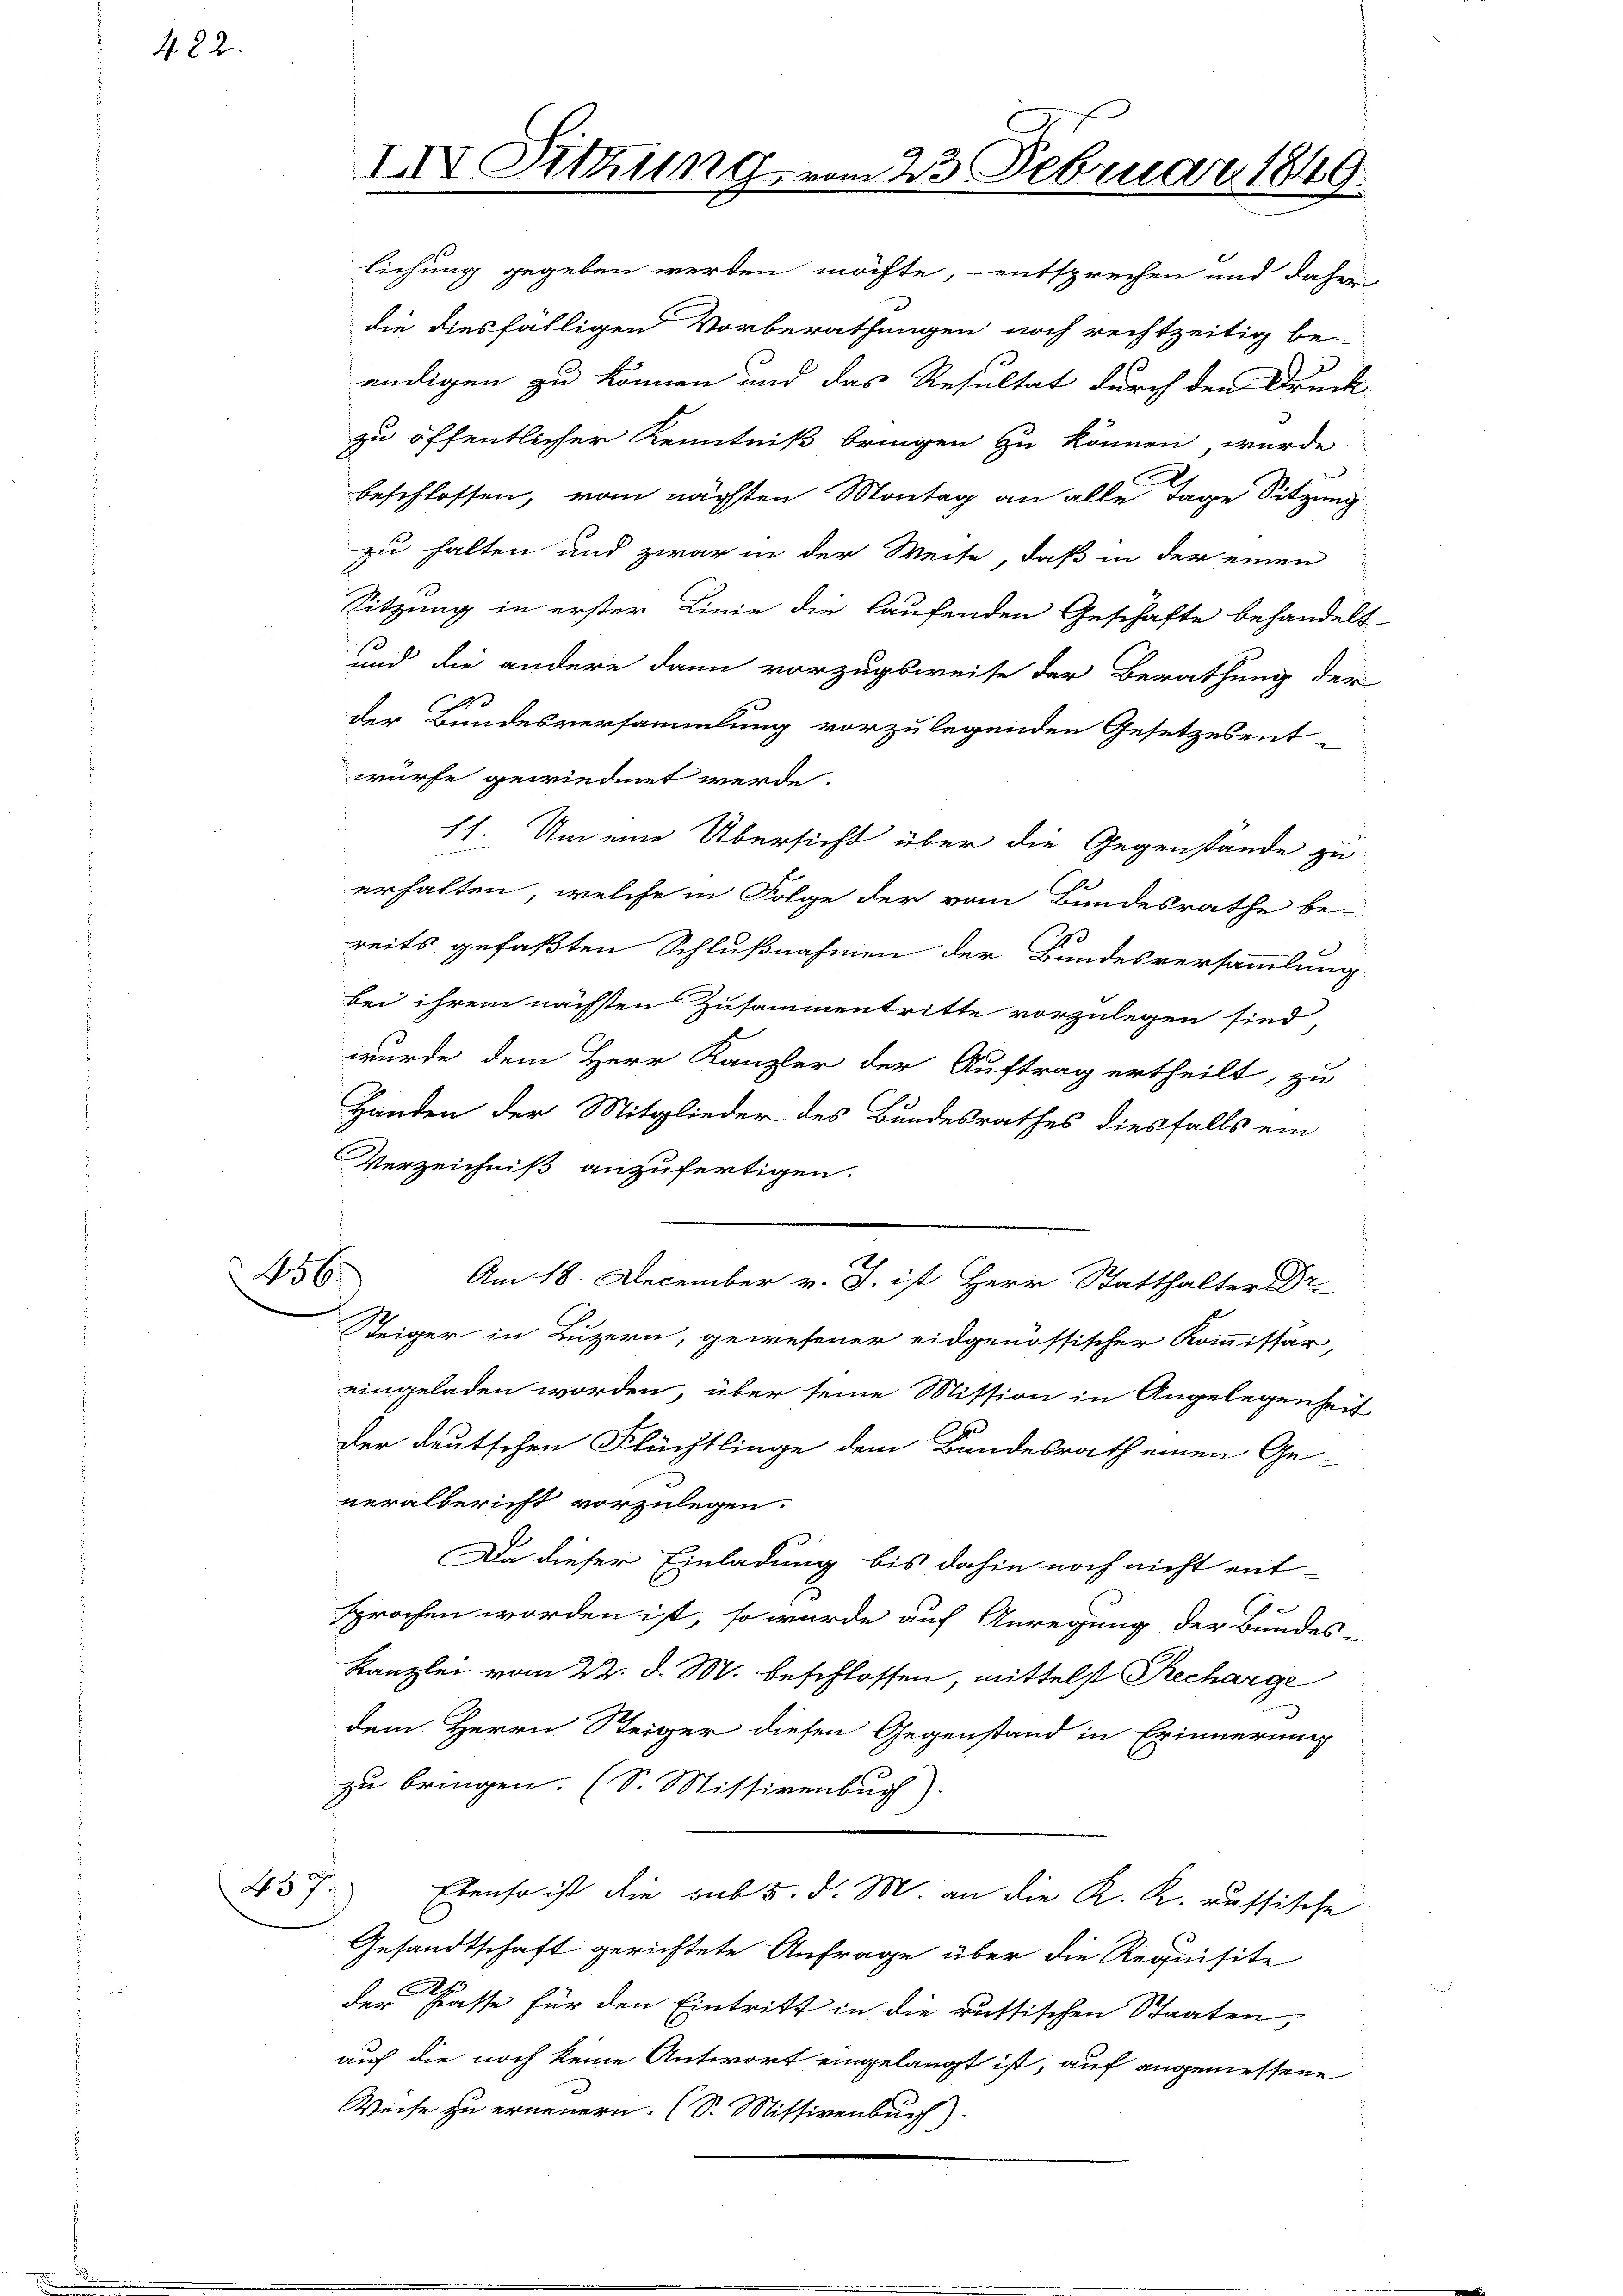
482.

zu öffentlicher Kenntniß bringen zu können, wurde
beschlossen, vom nächsten Montag an alle Tage Sitzung
zu halten und zwar in der Weise, daß in der einen
Sitzung in erster Linie die laufenden Geschäfte behandelt
und die andere dann vorzugsweise der Berathung der
der Bundesversammlung vorzulegenden Gesetzesent-
würfe gewiedmet werde.
11. Um eine Übersicht über die Gegenstände zu
erhalten, welche in Folge der vom Bundesrathe be
2.
reits gefaßten Schlußnahmen der Bundesversammlung
bei ihrem nächsten Zusammentritte vorzulegen sind,
wurde dem Herr Kanzler der Auftrag ertheilt, zu
Handen der Mitglieder des Bundesrathes diesfalls ein
Verzeichniß anzufertigen.
456
Am 18. December v. J. ist Herr Statthalter Dr.
Steiger in Luzern, gewesener eidgenössischer Kommissär,
eingeladen worden, über seine Mission in Angelegenheit
der deutschen Flüchtlinge dem Bundesrath einen Ge-
neralbericht vorzulegen.
Da dieser Einladung bis dahin noch nicht ent-
1
sprochen worden ist, so wurde auf Anregung der Bundes-
Kanzlei vom 22. d. M. beschlossen, mittelst Recharge
dem Herrn Steiger diesen Gegenstand in Erinnerung
zu bringen. (S. Missivenbuch)
45 f.) Ebenso ist die sub 5. d. M. an die K. K. russische
Gesandtschaft gerichtete Anfrage über die Requisite
der Fasse für den Eintritt in die ruttischen Staaten,
auf die noch keine Antwort eingelangt ist, auf angemessene
Weise zu erneuern. (S. Mittirenbuch)

IIV Sitzung vom 23. Februar 1849.

lichung gegeben werden möchte, - entsprechen und daher
die diesfälligen Vorberathungen noch rechtzeitig be-
endigen zu können und das Resultat durch den Druck-